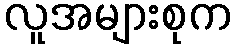
လူအများစုက